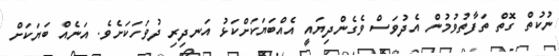
ނުކުތް ގޮތް ތަފާތުވުމުން އެދުވަސް ވެގެންދިޔައީ އެއްބަޔަކަށްކަޅު އަނދިރި ދުވަހަކަށެވެ. އަނެއް ބަޔަކަށް